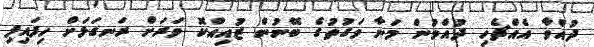
ދުއްވާ އެއްޗެހި ދުއްވުން މަނާ ވަގުތުގެ ބޭނުން ޒުއިއްކޮ ވަރަށް ރަނގަޅަށް ހިފައިފި